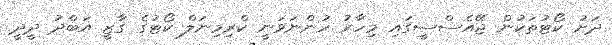
ދަށު ކޯޓުތަކުން ޖޭއެސްސީގައި މިހާރު ހުންނަވަނީ ކްރިމިނަލް ކޯޓުގެ ގާޒީ އަބްދު ދީދީ